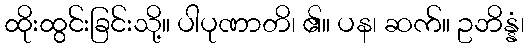
ထိုးထွင်းခြင်းသို့။ ပါပုဏာတိ၊ ၏။ ပန၊ ဆက်။ ဥဘိန္နံ၊